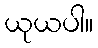
ယုယပါ။